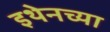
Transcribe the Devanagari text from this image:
इथेनच्या